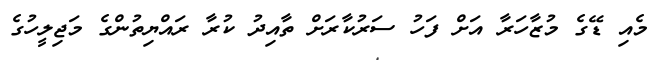
މެއި ޑޭގެ މުޒާހަރާ އަށް ފަހު ސަރުކާރަށް ތާއިދު ކުރާ ރައްޔިތުންގެ މަޖިލީހުގެ